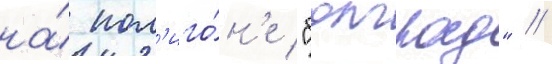
на́ пол'иго́н'е "болград" //